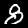
Label: 8